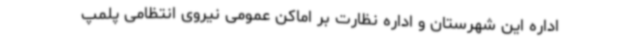
اداره این شهرستان و اداره نظارت بر اماکن عمومی نیروی انتظامی پلمپ